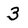
Character: 3